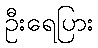
ဦးရေပြား